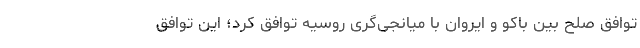
توافق صلح بین باکو و ایروان با میانجی‌گری روسیه توافق کرد؛ این توافق